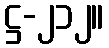
ဋ္ဌ-၂၁၂။